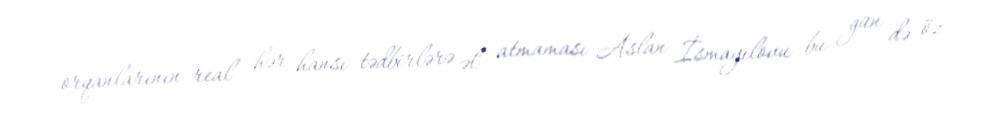
orqanlarının real hər hansı tədbirlərə əl atmaması Aslan İsmayılovu bu gün də öz